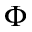
\Phi